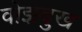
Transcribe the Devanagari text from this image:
वोझदुख